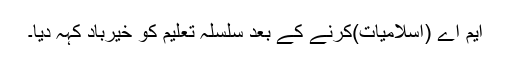
ایم اے (اسلامیات)کرنے کے بعد سلسلہ تعلیم کو خیرباد کہہ دیا۔